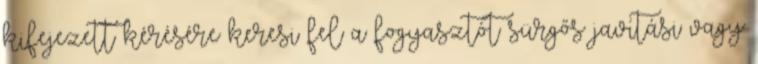
kifejezett kérésére keresi fel a fogyasztót sürgős javítási vagy